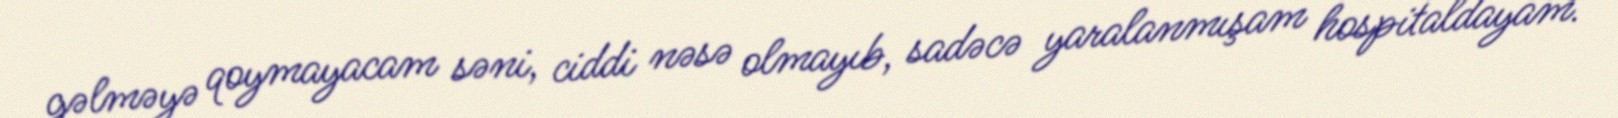
gəlməyə qoymayacam səni, ciddi nəsə olmayıb, sadəcə yaralanmışam hospitaldayam.